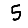
Digit: 5